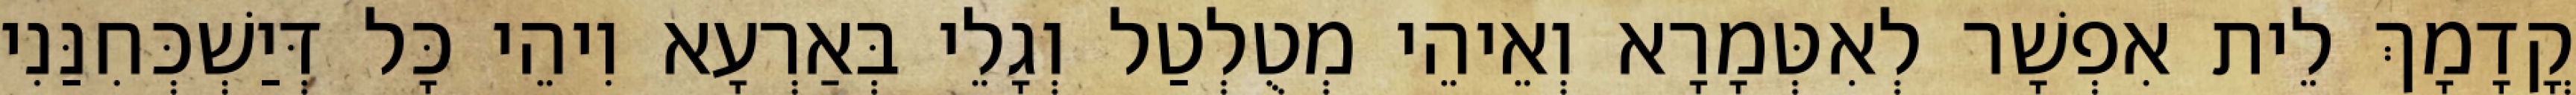
קֳדָמָךְ לֵית אִפְשָׁר לְאִטְּמָרָא וְאֵיהֵי מְטֻלְטַל וְגָלֵי בְּאַרְעָא וִיהֵי כָּל דְּיַשְׁכְּחִנַּנִי